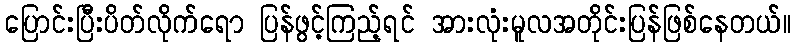
ပြောင်းပြီးပိတ်လိုက်ရော ပြန်ဖွင့်ကြည့်ရင် အားလုံးမူလအတိုင်းပြန်ဖြစ်နေတယ်။